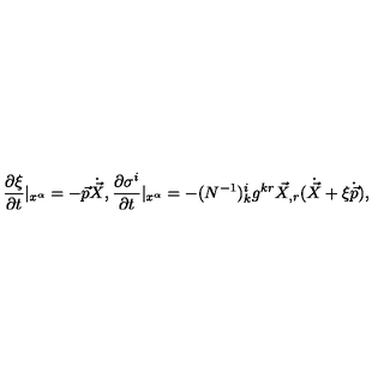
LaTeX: \frac { \partial \xi } { \partial t } | _ { x ^ { \alpha } } = - \vec { p } \dot { \vec { X } } , \frac { \partial \sigma ^ { i } } { \partial t } | _ { x ^ { \alpha } } = - ( N ^ { - 1 } ) _ { k } ^ { i } g ^ { k r } \vec { X } _ { , r } ( \dot { \vec { X } } + \xi \dot { \vec { p } } ) ,